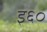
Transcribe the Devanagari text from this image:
इ६०